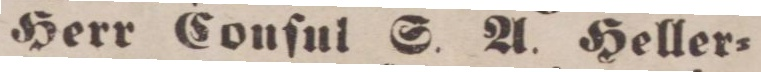
Herr Couſul S. A. Heller=